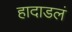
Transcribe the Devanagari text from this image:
हादाडलं